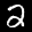
Label: 2